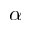
\alpha